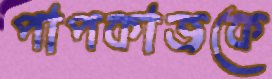
পাপকাজকে